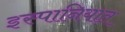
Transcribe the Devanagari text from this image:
इस्पानियात